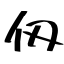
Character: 仭